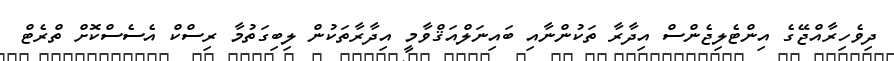
ދިވެހިރާއްޖޭގެ އިންޓެލިޖެންސް އިދާރާ ތަކުންނާއި ބައިނަލްއަޤްވާމީ އިދާރާތަކުން ލިބިގަތުމާ ރިސްކް އެސެސްކޮށް ތްރެޓް